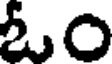
ఓం